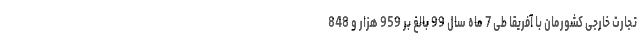
تجارت خارجی کشورمان با آفریقا طی 7 ماه سال 99 بالغ بر 959 هزار و 848